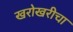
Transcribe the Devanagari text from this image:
खरोखरीचा